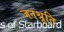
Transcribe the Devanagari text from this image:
जनश्रूति